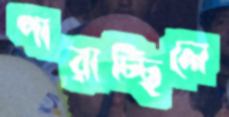
পারাচ্ছিলে